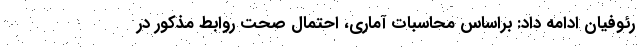
رئوفیان ادامه داد: براساس محاسبات آماری، احتمال صحت روابط مذکور در